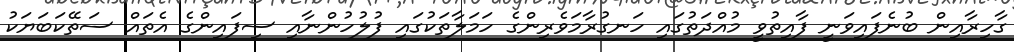
ގާހިރާއިން ބުނެފައިވަނީ ފާއިތުވީ މުއްދަތުގައި ހަނގުރާމަވެރިންގެ ހަމަލާތަކުގައި ފުލުހުންނާއި ސިފައިންގެ އެތައް ސަތޭކަބަޔަކު